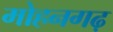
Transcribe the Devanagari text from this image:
मोहनगढ़